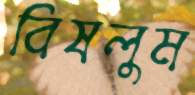
বিষলুম